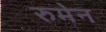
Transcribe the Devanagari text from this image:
रुमेन